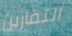
التمارين